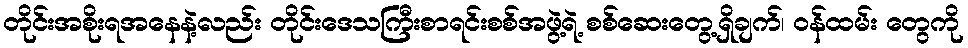
တိုင်းအစိုးရအနေနဲ့လည်း တိုင်းဒေသကြီးစာရင်းစစ်အဖွဲ့ရဲ့ စစ်ဆေးတွေ့ရှိချက်၊ ဝန်ထမ်း တွေကို